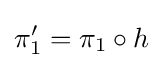
\pi _{1}'=\pi _{1}\circ h